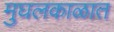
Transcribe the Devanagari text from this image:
मुघलकाळात